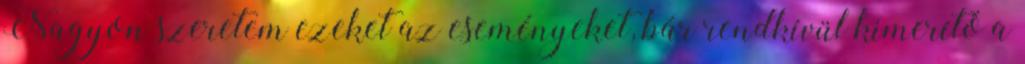
Nagyon szeretem ezeket az eseményeket, bár rendkívül kimerítő a